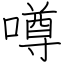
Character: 噂